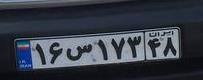
۱۶س۱۷۳۴۸